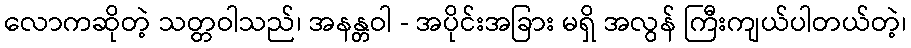
လောကဆိုတဲ့ သတ္တဝါသည်၊ အနန္တဝါ - အပိုင်းအခြား မရှိ အလွန် ကြီးကျယ်ပါတယ်တဲ့၊